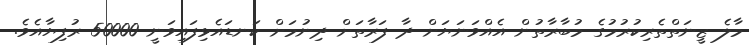
މާލެ ޒީނަތްތެރިކުރުމުގެ މުބާރާތުން އެއްވަނަޔަށް ދާ ފަރާތަށް ދިނުމަށް ކަނޑައެޅިފައިވަނީ 50000 ރުފިޔާއެވެ.